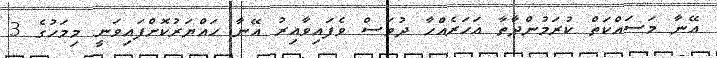
އޭނާ މަސައްކަތް ކުރަމުންދާތާ އަހަރެއްހާ ދުވަސް ވެފައިވާއިރު އޭނާ ހައްޔަރުކޮށްފައިވަނީ މިމަހުގެ 3